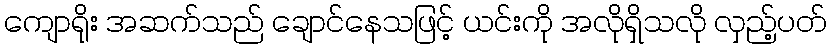
ကျောရိုး အဆက်သည် ချောင်နေသဖြင့် ယင်းကို အလိုရှိသလို လှည့်ပတ်